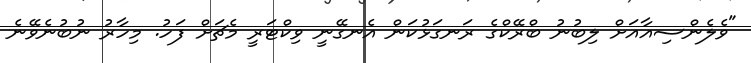
"ވެލެންސިއާއަށް ލިބުނު ބްރޭކްގެ ރަނގަޅުކަން އެނގޭނީ ވިކްޓަރީ މެޗަށް ފަހު. މިހާރު ނުބުނެވޭނެ